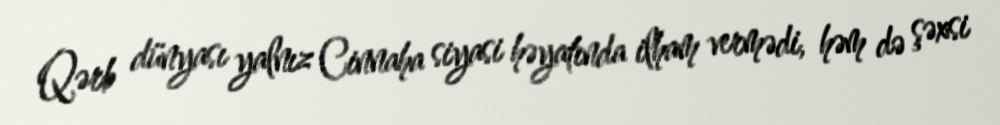
Qərb dünyası yalnız Cinnaha siyasi həyatında ilham vermədi, həm də şəxsi